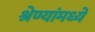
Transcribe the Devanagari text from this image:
श्रेण्यांमध्ये